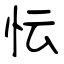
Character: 忶